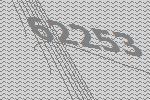
62253